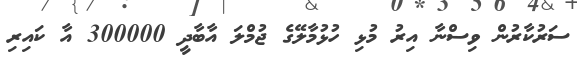
ސަރުކާރުން ވިސްނާ އިރު މުޅި ހުޅުމާލޭގެ ޖުމްލަ އާބާދީ 300000 އާ ކައިރި